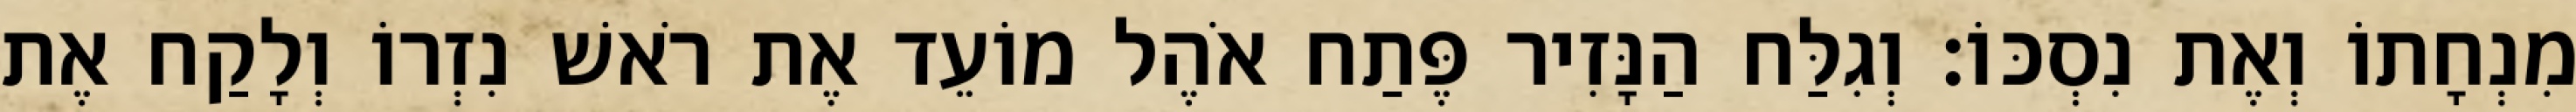
מִנְחָתוֹ וְאֶת נִסְכּוֹ׃ וְגִלַּח הַנָּזִיר פֶּתַח אֹהֶל מוֹעֵד אֶת רֹאשׁ נִזְרוֹ וְלָקַח אֶת